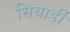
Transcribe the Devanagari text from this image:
सियार्डी